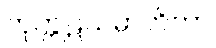
ကုက္ကုဋသမ္ပာတိကာ